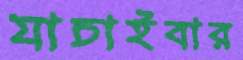
যাচাইবার